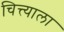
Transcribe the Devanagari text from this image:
चित्त्याला